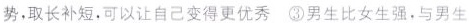
势，取长补短，可以让自己变得更优秀 ③男生比女生强，与男生